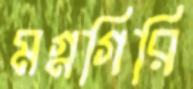
মগ্নগিরি